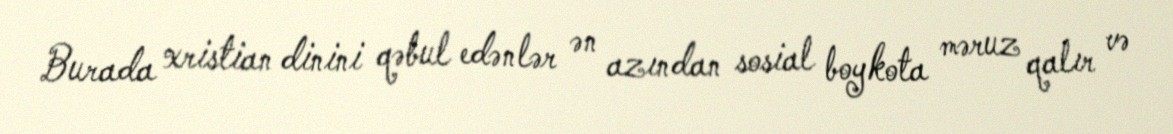
Burada xristian dinini qəbul edənlər ən azından sosial boykota məruz qalır və